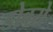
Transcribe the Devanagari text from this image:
डोबरो